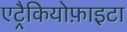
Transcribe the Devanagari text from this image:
एट्रैकियोफ़ाइटा